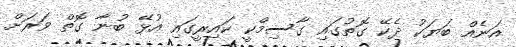
އަނެއް ބަޔަކު ދެކޭ ގޮތުގައި ގާސިމްކީ ކައިރީގައި އުޅޭ ބުނާ ގޮތް ވަރަށް